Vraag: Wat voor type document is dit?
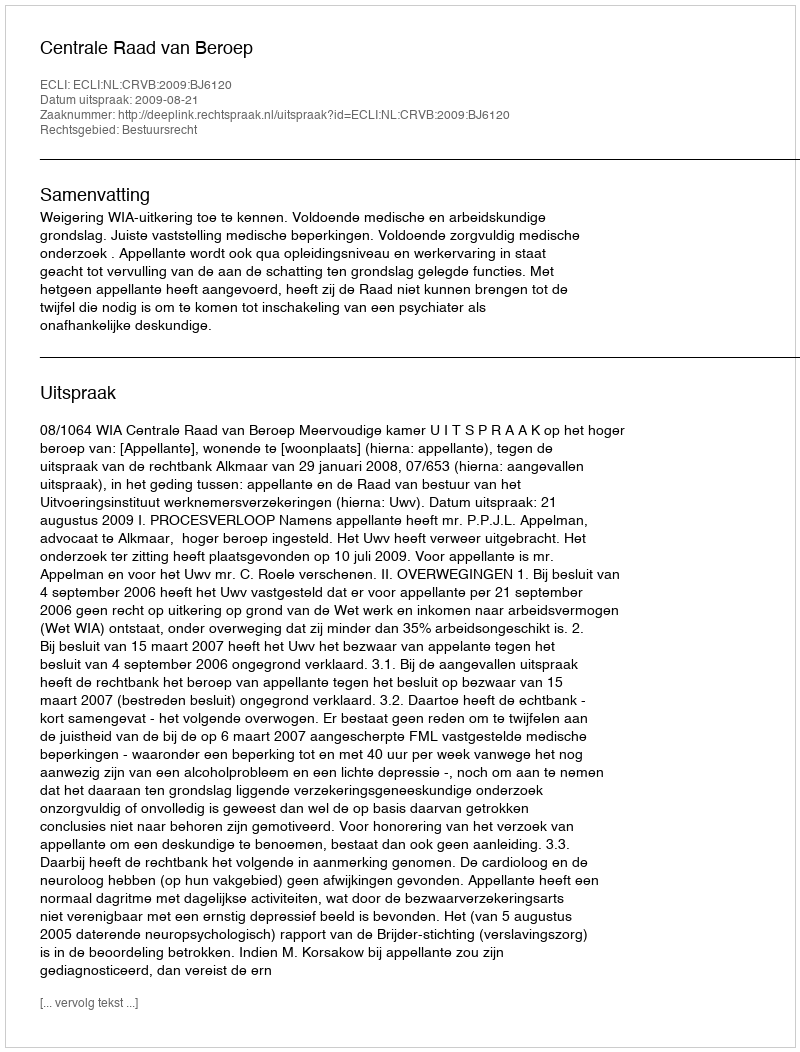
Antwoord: Uitspraak